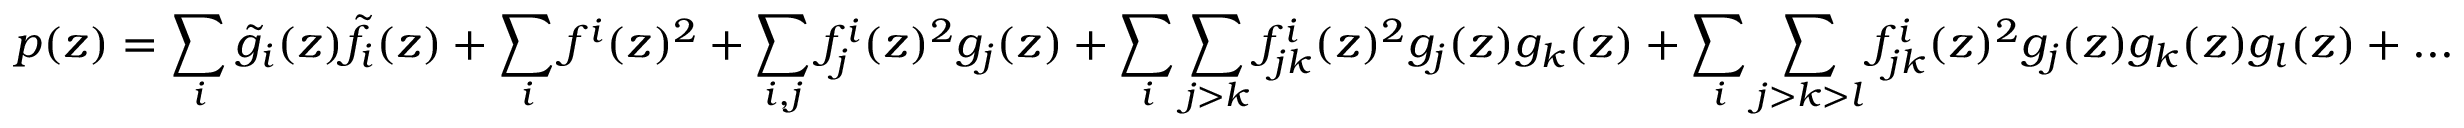
p ( z ) = \sum _ { i } \tilde { g } _ { i } ( z ) \tilde { f } _ { i } ( z ) + \sum _ { i } f ^ { i } ( z ) ^ { 2 } + \sum _ { i , j } f _ { j } ^ { i } ( z ) ^ { 2 } g _ { j } ( z ) + \sum _ { i } \sum _ { j > k } f _ { j k } ^ { i } ( z ) ^ { 2 } g _ { j } ( z ) g _ { k } ( z ) + \sum _ { i } \sum _ { j > k > l } f _ { j k } ^ { i } ( z ) ^ { 2 } g _ { j } ( z ) g _ { k } ( z ) g _ { l } ( z ) + . . .